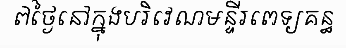
៧ថ្ងៃនៅក្នុងបរិវេណមន្ទីរពេទ្យគន្ធ